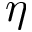
\eta